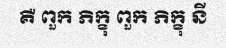
គឺ ពួក ភិក្ខុ ពួក ភិក្ខុ នី